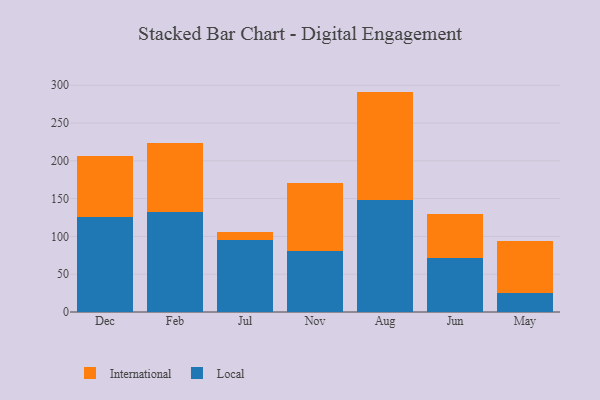
{"axis": {"x": "Month", "y": "Website Visitors"}, "legend": ["International", "Local"], "data": [{"x": "Dec", "y": 125.9, "type": "Local"}, {"x": "Dec", "y": 80.8, "type": "International"}, {"x": "Feb", "y": 132.0, "type": "Local"}, {"x": "Feb", "y": 91.5, "type": "International"}, {"x": "Jul", "y": 95.1, "type": "Local"}, {"x": "Jul", "y": 11.2, "type": "International"}, {"x": "Nov", "y": 80.1, "type": "Local"}, {"x": "Nov", "y": 91.0, "type": "International"}, {"x": "Aug", "y": 147.8, "type": "Local"}, {"x": "Aug", "y": 143.8, "type": "International"}, {"x": "Jun", "y": 71.1, "type": "Local"}, {"x": "Jun", "y": 59.0, "type": "International"}, {"x": "May", "y": 24.7, "type": "Local"}, {"x": "May", "y": 69.9, "type": "International"}]}